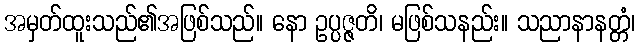
အမှတ်ထူးသည်၏အဖြစ်သည်။ နော ဥပ္ပဇ္ဇတိ၊ မဖြစ်သနည်း။ သညာနာနတ္တံ၊